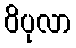
ဝိပုလာ